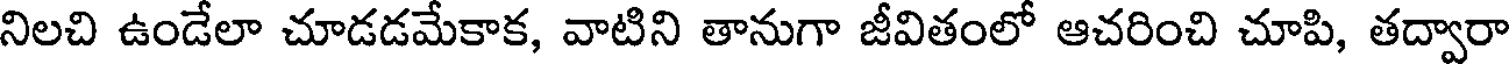
నిలచి ఉండేలా చూడడమేకాక, వాటిని తానుగా జీవితంలో ఆచరించి చూపి, తద్వారా